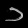
Digit: ၁